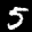
Label: 5